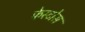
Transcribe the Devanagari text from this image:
फेस्टोस